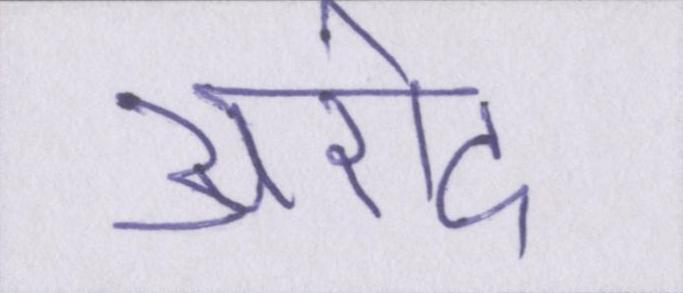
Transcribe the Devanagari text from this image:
अरोद